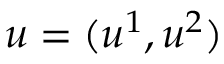
u = ( u ^ { 1 } , u ^ { 2 } )